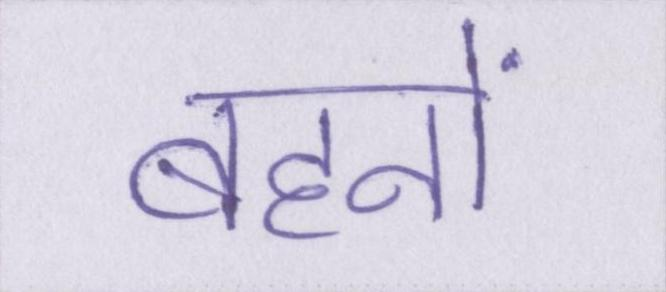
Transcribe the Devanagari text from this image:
बहनों